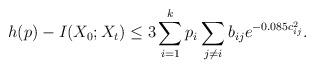
LaTeX: \begin{align*}h(p) - I(X_0;X_t) \le 3 \sum_{i=1}^k p_i \sum_{j \neq i} b_{ij} e^{-0.085c_{ij}^2}.\end{align*}